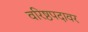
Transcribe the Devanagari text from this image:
वरिष्ठपदावर